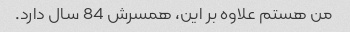
من هستم علاوه بر این، همسرش 84 سال دارد.